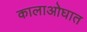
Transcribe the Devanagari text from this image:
कालाओघात